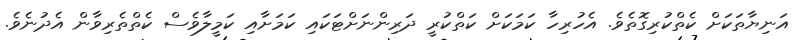
އަނިޔާތަކަށް ކެތްކުރިގޮތެވެ. އެހުރިހާ ކަމަކަށް ކަތްކުރީ ދަރިންނަށްޓަކައި ކަމަށާއި ކަމީލާވެސް ކެތްތެރިވާން އެދުނެވެ.